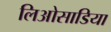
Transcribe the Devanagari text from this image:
लिओसाडिया